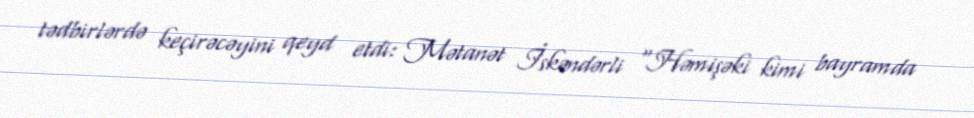
tədbirlərdə keçirəcəyini qeyd etdi: Mətanət İskəndərli “Həmişəki kimi bayramda